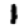
Digit: 1